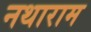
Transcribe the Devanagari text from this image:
नथाराम